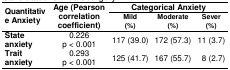
<table><thead><tr><td rowspan="2"><b>Quantitative Anxiety</b></td><td rowspan="2"><b>Age (Pearson correlation coefficient)</b></td><td colspan="3"><b>Categorical Anxiety</b></td></tr><tr><td><b>Mild(%)</b></td><td><b>Moderate(%)</b></td><td><b>Sever (%)</b></td></tr></thead><tbody><tr><td><b>State anxiety</b></td><td>0.226p &lt; 0.001</td><td>117 (39.0)</td><td>172 (57.3)</td><td>11 (3.7)</td></tr><tr><td><b>Trait anxiety</b></td><td>0.293p &lt; 0.001</td><td>125 (41.7)</td><td>167 (55.7)</td><td>08 (2.7)</td></tr></tbody></table>